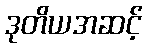
ဒုတိယအဆင့်